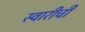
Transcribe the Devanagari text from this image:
स्वारीची